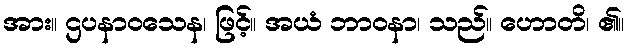
အား။ ဌပနာဝသေန၊ ဖြင့်။ အယံ ဘာဝနာ၊ သည်။ ဟောတိ၊ ၏။